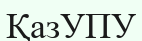
ҚазУПУ